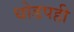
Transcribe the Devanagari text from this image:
धोडपही